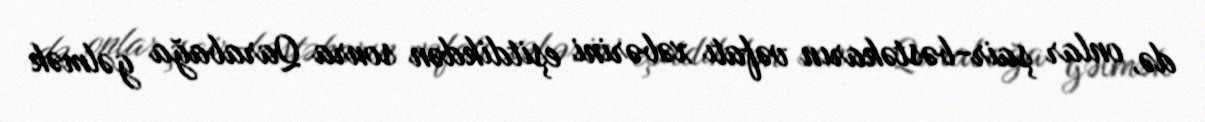
də, onlar şair-bəstəkarın vəfatı xəbərini eşitdikdən sonra Qarabağa gəlmək